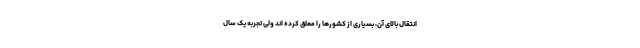
انتقال بالای آن، بسیاری از کشورها را معلق کرده اند ولی تجربه یک سال